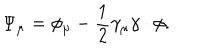
LaTeX: \Psi _ { \mu } = \phi _ { \mu } - \frac { 1 } { 2 } \gamma _ { \mu } \gamma \cdot \phi .